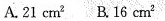
A.21cm^{2} B.16cm^{2}